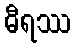
ဓီရဿ